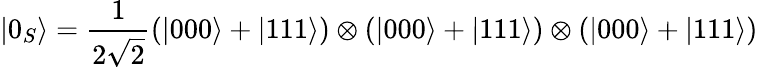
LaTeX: |0_{S}\rangle={\frac{1}{2{\sqrt{2}}}}(|000\rangle+|111\rangle)\otimes(|000\rangle+|111\rangle)\otimes(|000\rangle+|111\rangle)